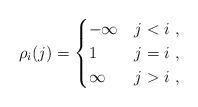
LaTeX: \begin{align*}\rho_i(j) =\begin{cases}-\infty & j<i\ , \\1 & j=i\ , \\\infty & j>i\ ,\end{cases}\end{align*}